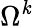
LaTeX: \Omega^{\mathit{k}}